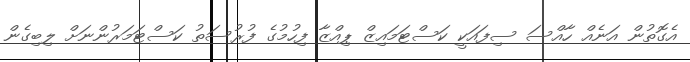
އެގޮތުން އަނެއް ހާއްސަ ސިފައަކީ ކަސްޓަމައިޒް ޕިއްޒާ ފިހުމުގެ ފުރުސަތު ކަސްޓަމަރުންނަށް ލިބިގެން